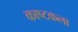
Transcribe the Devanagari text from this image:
काष्टकला